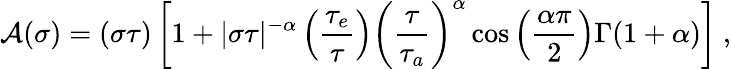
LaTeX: {\cal A}(\sigma)=(\sigma\tau)\left[1+|\sigma\tau|^{-\alpha}\left(\frac{\tau_{e}}{\tau}\right)\left(\frac{\tau}{\tau_{a}}\right)^{\alpha}\cos\left(\frac{\alpha\pi}{2}\right)\Gamma(1+\alpha)\right]\ ,